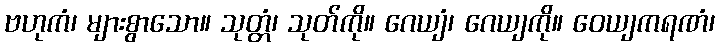
ဗဟုကံ၊ များစွာသော။ သုတ္တံ၊ သုတ်ကို။ ဂေယျံ၊ ဂေယျကို။ ဝေယျကရဏံ၊